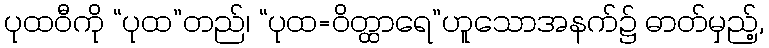
ပုထဝီကို “ပုထ”တည်၊ “ပုထ=ဝိတ္ထာရေ”ဟူသောအနက်၌ ဓာတ်မှည့်,